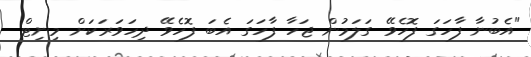
"އެބުނާ ފާހަގަ ފޮހެވޭ ގަލަމުން ޖަހާ ފާހަގަ އެބަ ފޮހެވޭ ދިހަވަރަކަށް މިނިޓް